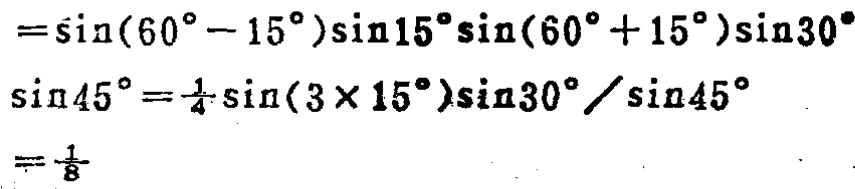
\[

\begin{align*}

&=\sin(60^{\circ}- 15^{\circ})\sin15^{\circ}\sin(60^{\circ}+15^{\circ})\sin30^{\circ}\\

\sin45^{\circ}&=\frac{1}{4}\sin(3\times15^{\circ})\sin30^{\circ}/\sin45^{\circ}\\

&=\frac{1}{8}

\end{align*}

\]